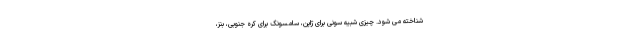
شناخته می شود. چیزی شبیه سونی برای ژاپن، سامسونگ برای کره جنوبی، بنز،